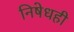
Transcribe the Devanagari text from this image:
निषेधही